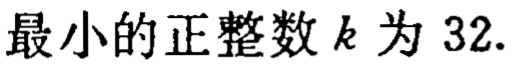
最小的正整数\(k\)为 \(32.\)